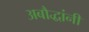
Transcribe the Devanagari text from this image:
अबौद्धांनी